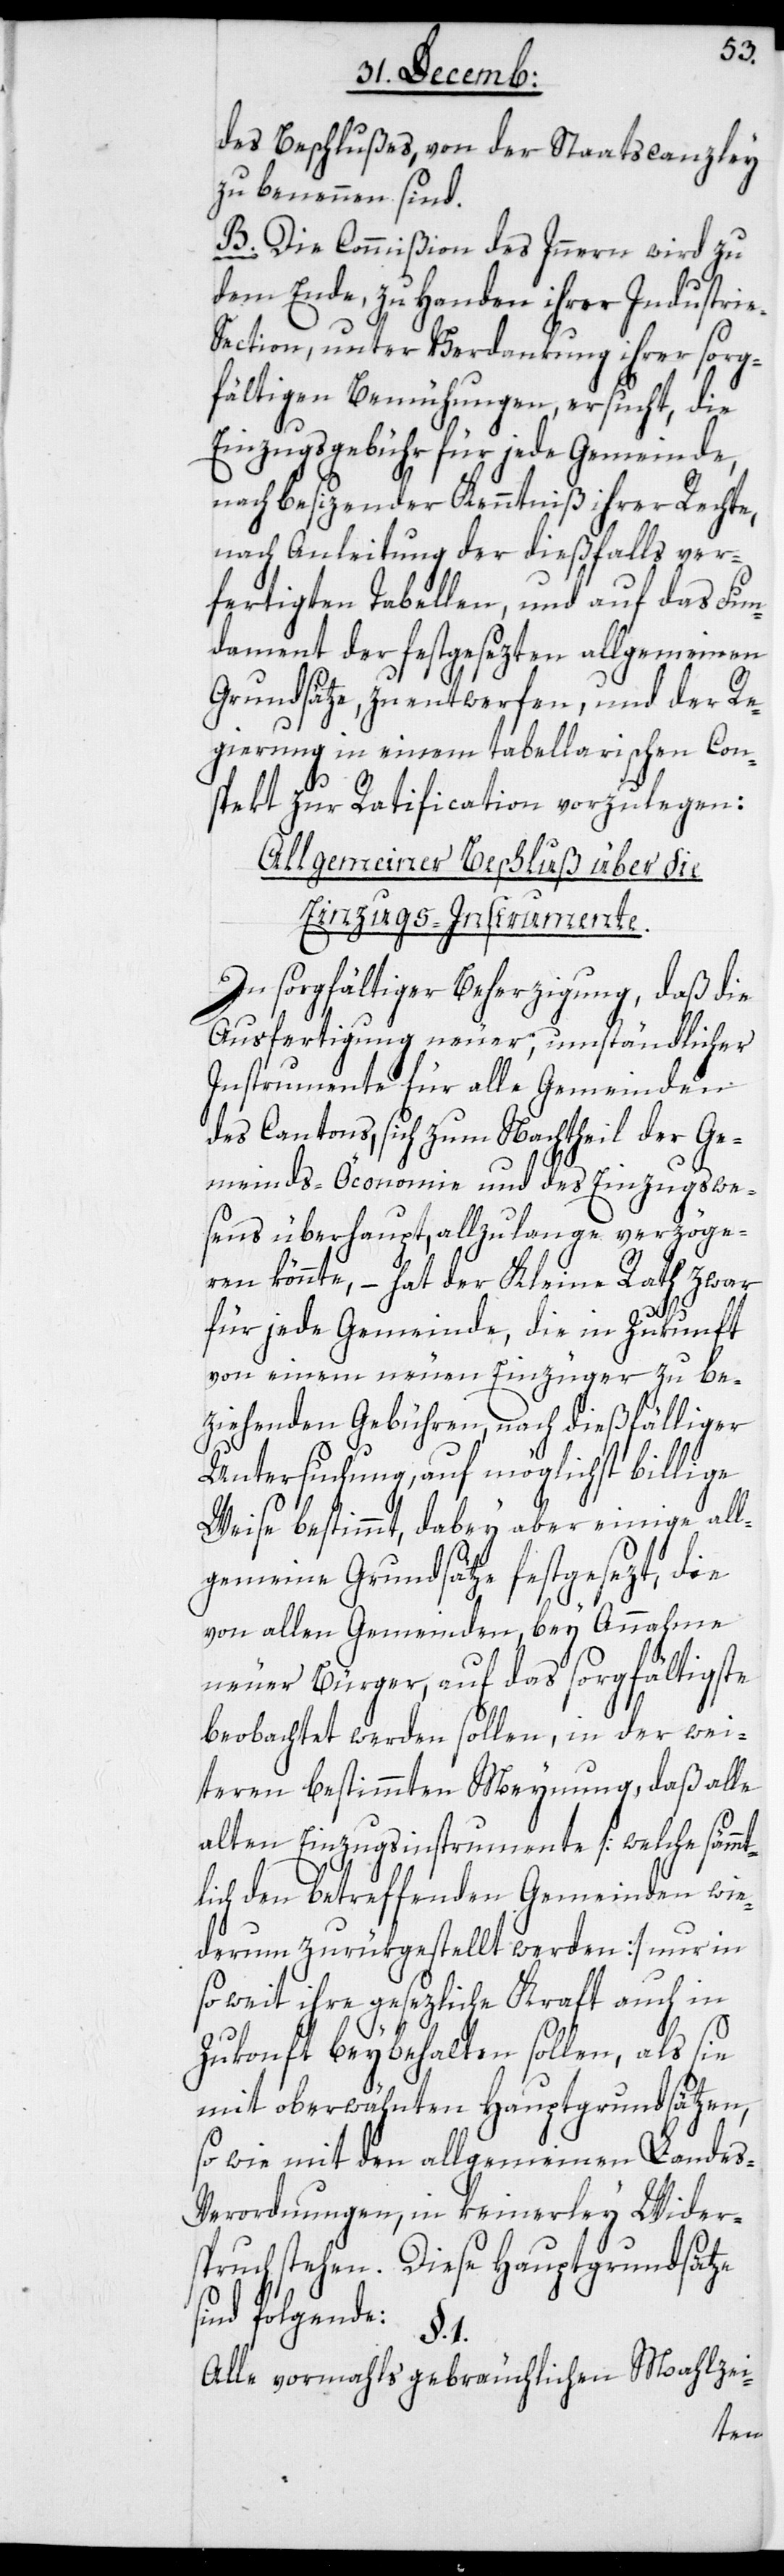
des Beschlußes, von der Staatscanzley
zu benennen sind.
B. Die Commißion des Inneren wird zu
dem Ende, zu Handen ihrer Industri¬
e-Section, unter Verdankung ihrer sorg¬
fältigen Bemühungen ersucht, die
Einzugsgebühr für jede Gemeinde,
nach besizender Kenntniß ihrer Rechte,
nach Anleitung der dießfalls ver¬
fertigten Tabellen, und auf das Fun¬
dament der festgesezten allgemeinen
Grundsätze, zu entwerfen, und der Re¬
gierung in einem tabellarischen Con¬
spekt zur Ratification vorzulegen:
Allgemeiner Beschluß über die
Einzugs-Instrumente.
In sorgfältiger Beherzigung, daß die
Ausfertigung neuer, umständlicher
Instrumente für alle Gemeinden
des Cantons, sich zum Nachtheil der Ge¬
meinds-Öconomie und des Einzugswe¬
sens überhaupt, allzulange verzöge¬
ren könnte, – hat der Kleine Rath zwar
für jede Gemeinde, die in Zukunft
von einem neuen Einzüger zu be¬
ziehenden Gebühren nach dießfälliger
Untersuchung, auf möglichst billige
Weise bestimmt, dabey aber einige all¬
gemeine Grundsätze festgesezt, die
von allen Gemeinden, bey Annahme
neuer Bürger, auf das sorgfältigste
beobachtet werden sollen, in der wei¬
teren bestimmten Meynung, daß alle
alten Einzugsinstrumente [welche sämmt¬
lich den betreffenden Gemeinden wie¬
derum zurükgestellt werden] nur in¬
soweit ihre gesezliche Kraft auch in
Zukonft beybehalten sollen, als sie
mit oberwähnten Hauptgrundsätzen,
so wie mit den allgemeinen Landes-V¬
erordnungen, in keinerley Wider¬
spruch stehen. Diese Hauptgrundsätze
sind folgende:
Alle vormahls gebräuchlichen Mahlzei-